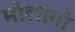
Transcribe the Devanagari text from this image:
मोलोंगो